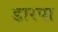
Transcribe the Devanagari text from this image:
डारपा